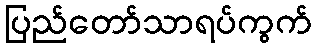
ပြည်တော်သာရပ်ကွက်